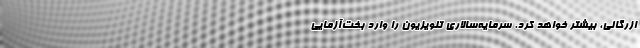
ازرگانی، بیشتر خواهد کرد. سرمایه‌سالاری تلویزیون را وارد بخت‌آزمایی